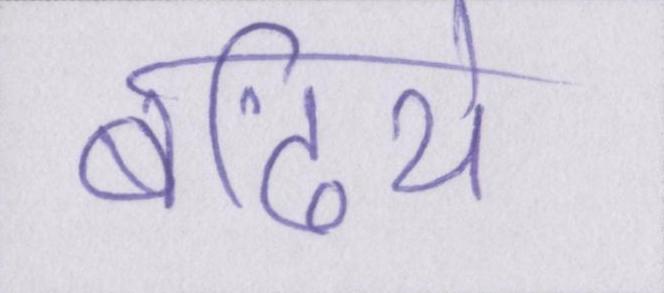
बढिये